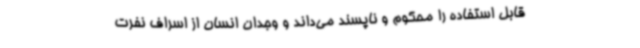
قابل استفاده را محکوم و ناپسند می‌داند و وجدان انسان از اسراف نفرت